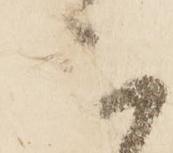
三